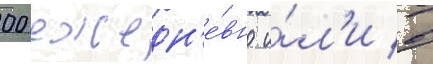
00 ежедн'е́вно и́л'и в